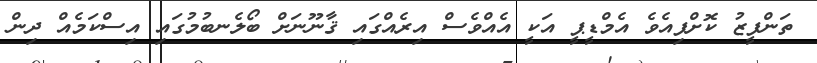
ތަންފީޒު ކޮށްފިއެވެ އެމްޑީޕީ އަކީ އެއްވެސް އިރެއްގައި ޤާނޫނަށް ބޯލެނބުމުގައި އިސްކަމެއް ދިން